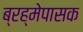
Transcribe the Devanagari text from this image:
ब्रह्मेपासक